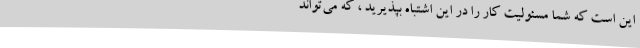
این است که شما مسئولیت کار را در این اشتباه بپذیرید ، که می‌تواند